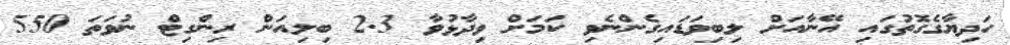
ހަދިޔާގެގޮތުގައި އޭނާއަށް ލިބިވަޑައިގެންނެވި ކަމަށް ވިދާޅުވާ 2.3 ބިލިއަން ރިންގިޓް ނުވަތަ 550